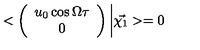
< \left( \begin{array} { c } { u _ { 0 } \cos \Omega \tau } \\ { 0 } \\ \end{array} \right) \bigg | \vec { \chi _ { 1 } } > = 0